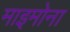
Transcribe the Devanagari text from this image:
माइमोना